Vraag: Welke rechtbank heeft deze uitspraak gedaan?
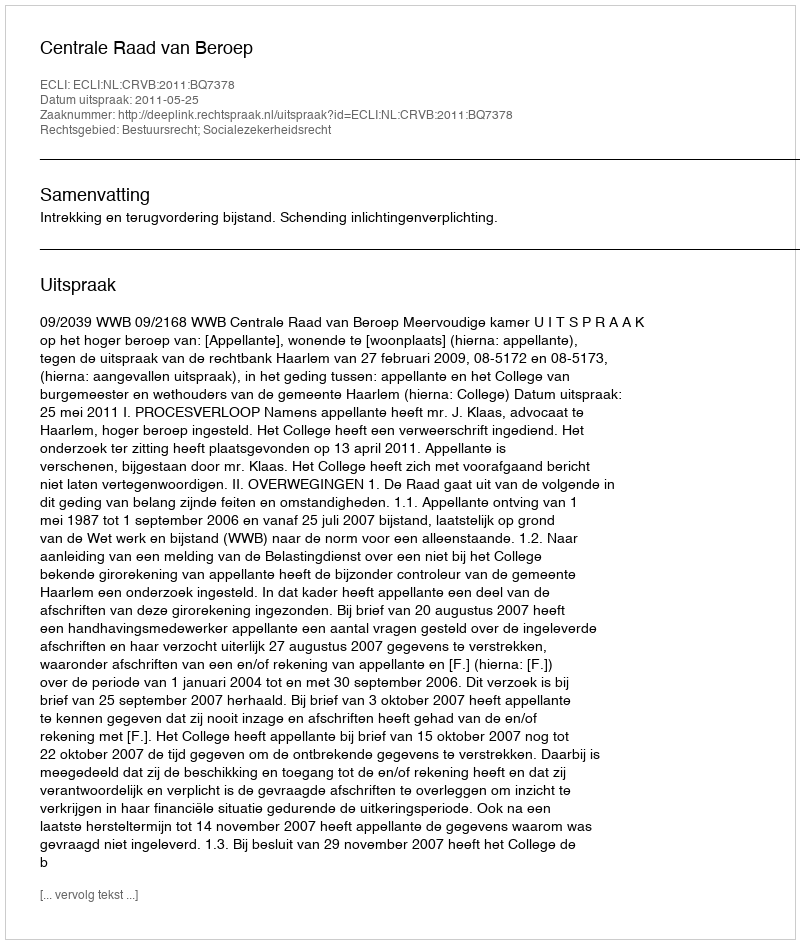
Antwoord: Centrale Raad van Beroep